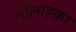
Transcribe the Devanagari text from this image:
नौलाह्का